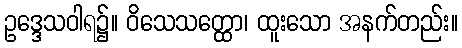
ဥဒ္ဒေသဝါရ၌။ ဝိသေသတ္ထော၊ ထူးသော အနက်တည်း။